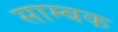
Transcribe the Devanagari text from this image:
साम्बक